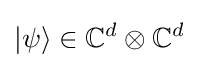
|\psi \rangle \in \mathbb {C} ^{d}\otimes \mathbb {C} ^{d}